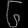
Digit: ၆